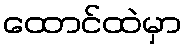
ထောင်ထဲမှာ